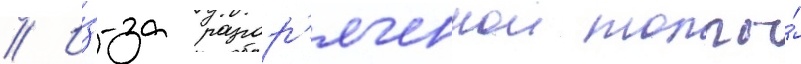
// И́з-за разгор'яченнои толпы́